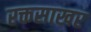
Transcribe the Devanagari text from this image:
रक्तसाखर